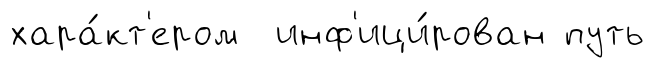
хара́кт'ером инф'ици́рован путь